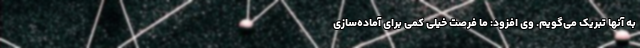
به آنها تبریک می‌گویم. وی افزود: ما فرصت خیلی کمی برای آماده‌سازی